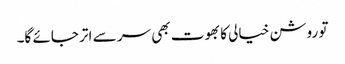
تو روشن خیالی کا بھوت بھی سر سے اتر جائے گا۔